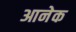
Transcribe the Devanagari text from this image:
आनेक